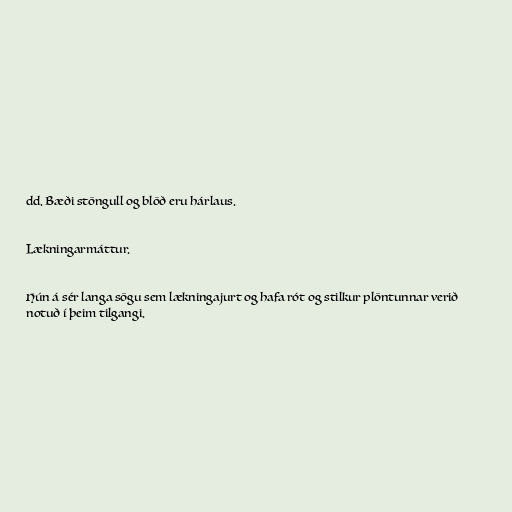
dd. Bæði stöngull og blöð eru hárlaus.

Lækningarmáttur.

Hún á sér langa sögu sem lækningajurt og hafa rót og stilkur plöntunnar verið
notuð í þeim tilgangi.